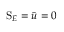
\mathrm { S } _ { E } = \bar { u } = 0